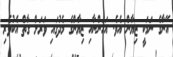
އޭނާގެ ނަމަކީ ޒިޔާން އެވެ. އަހަންނާއި ޒިޔާންގެ މެދުގައި ވަރަށް ގާތް އެކުވެރި